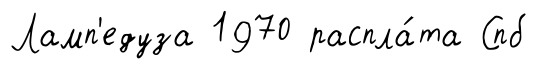
Ламп'едуза 1970 распла́та Спб